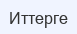
Иттерге